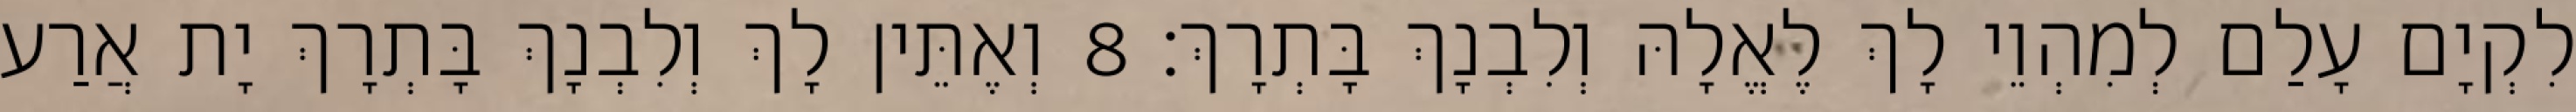
לִקְיָם עָלַם לְמִהְוֵי לָךְ לֶאֱלָהּ וְלִבְנָךְ בָּתְרָךְ׃ 8 וְאֶתֵּין לָךְ וְלִבְנָךְ בָּתְרָךְ יָת אֲרַע